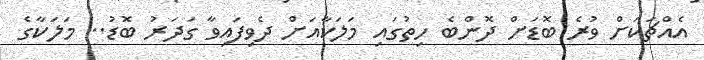
އެއްޗަކަށް ވުރެ ބޮޑަށް ދޮންބެ ހިތުގައި މަލަކާއަށް ދެވިފައިވާ ގަދަރު ބޮޑު.. މަލަކާގެ